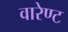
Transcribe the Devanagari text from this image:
वारेण्ट